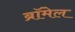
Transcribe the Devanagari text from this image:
ब्रॉमेल